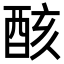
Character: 𨠳